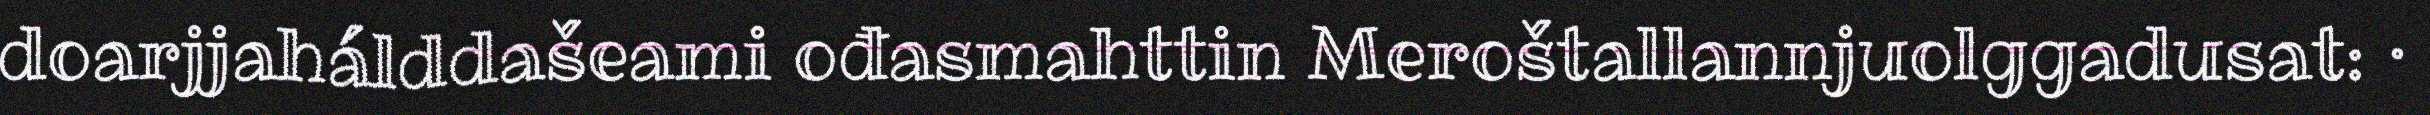
doarjjahálddašeami ođasmahttin Meroštallannjuolggadusat: ·